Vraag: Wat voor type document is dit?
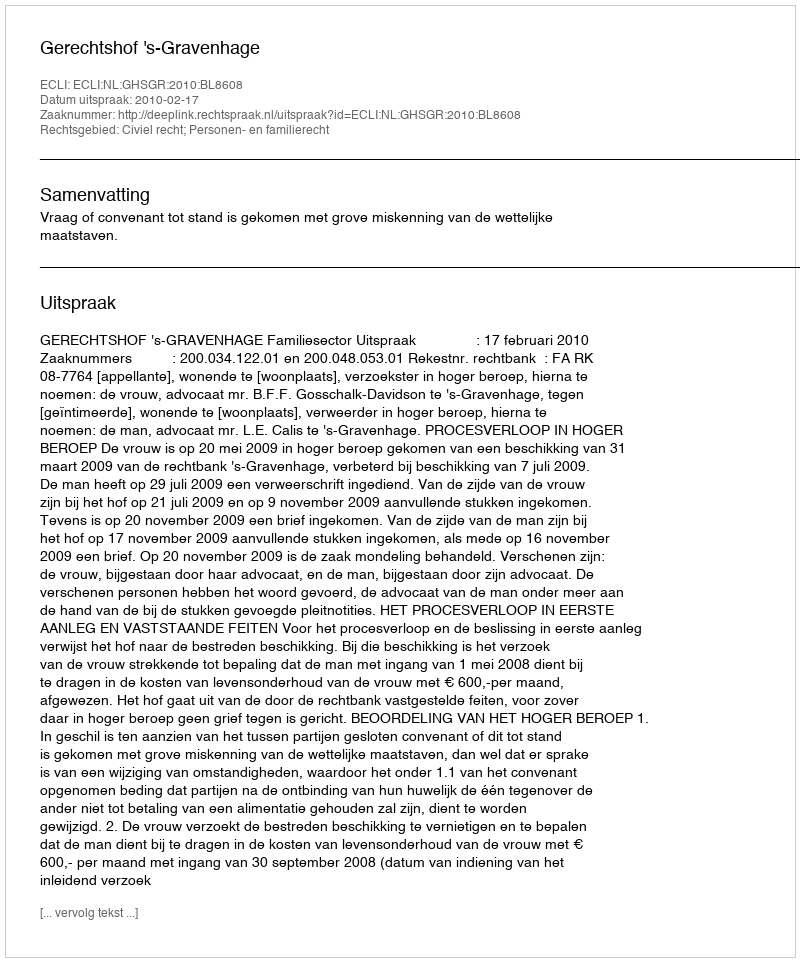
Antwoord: Uitspraak